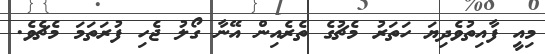
މިއީ ފާއިތުވެދިޔަ ހަތަރު މެޗުގެ ތެރެއިން އޭނާ ގޯލު ޖެހި ފުރަތަމަ މެޗެވެ.